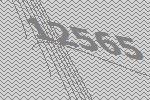
12565